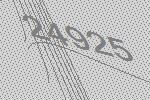
24925